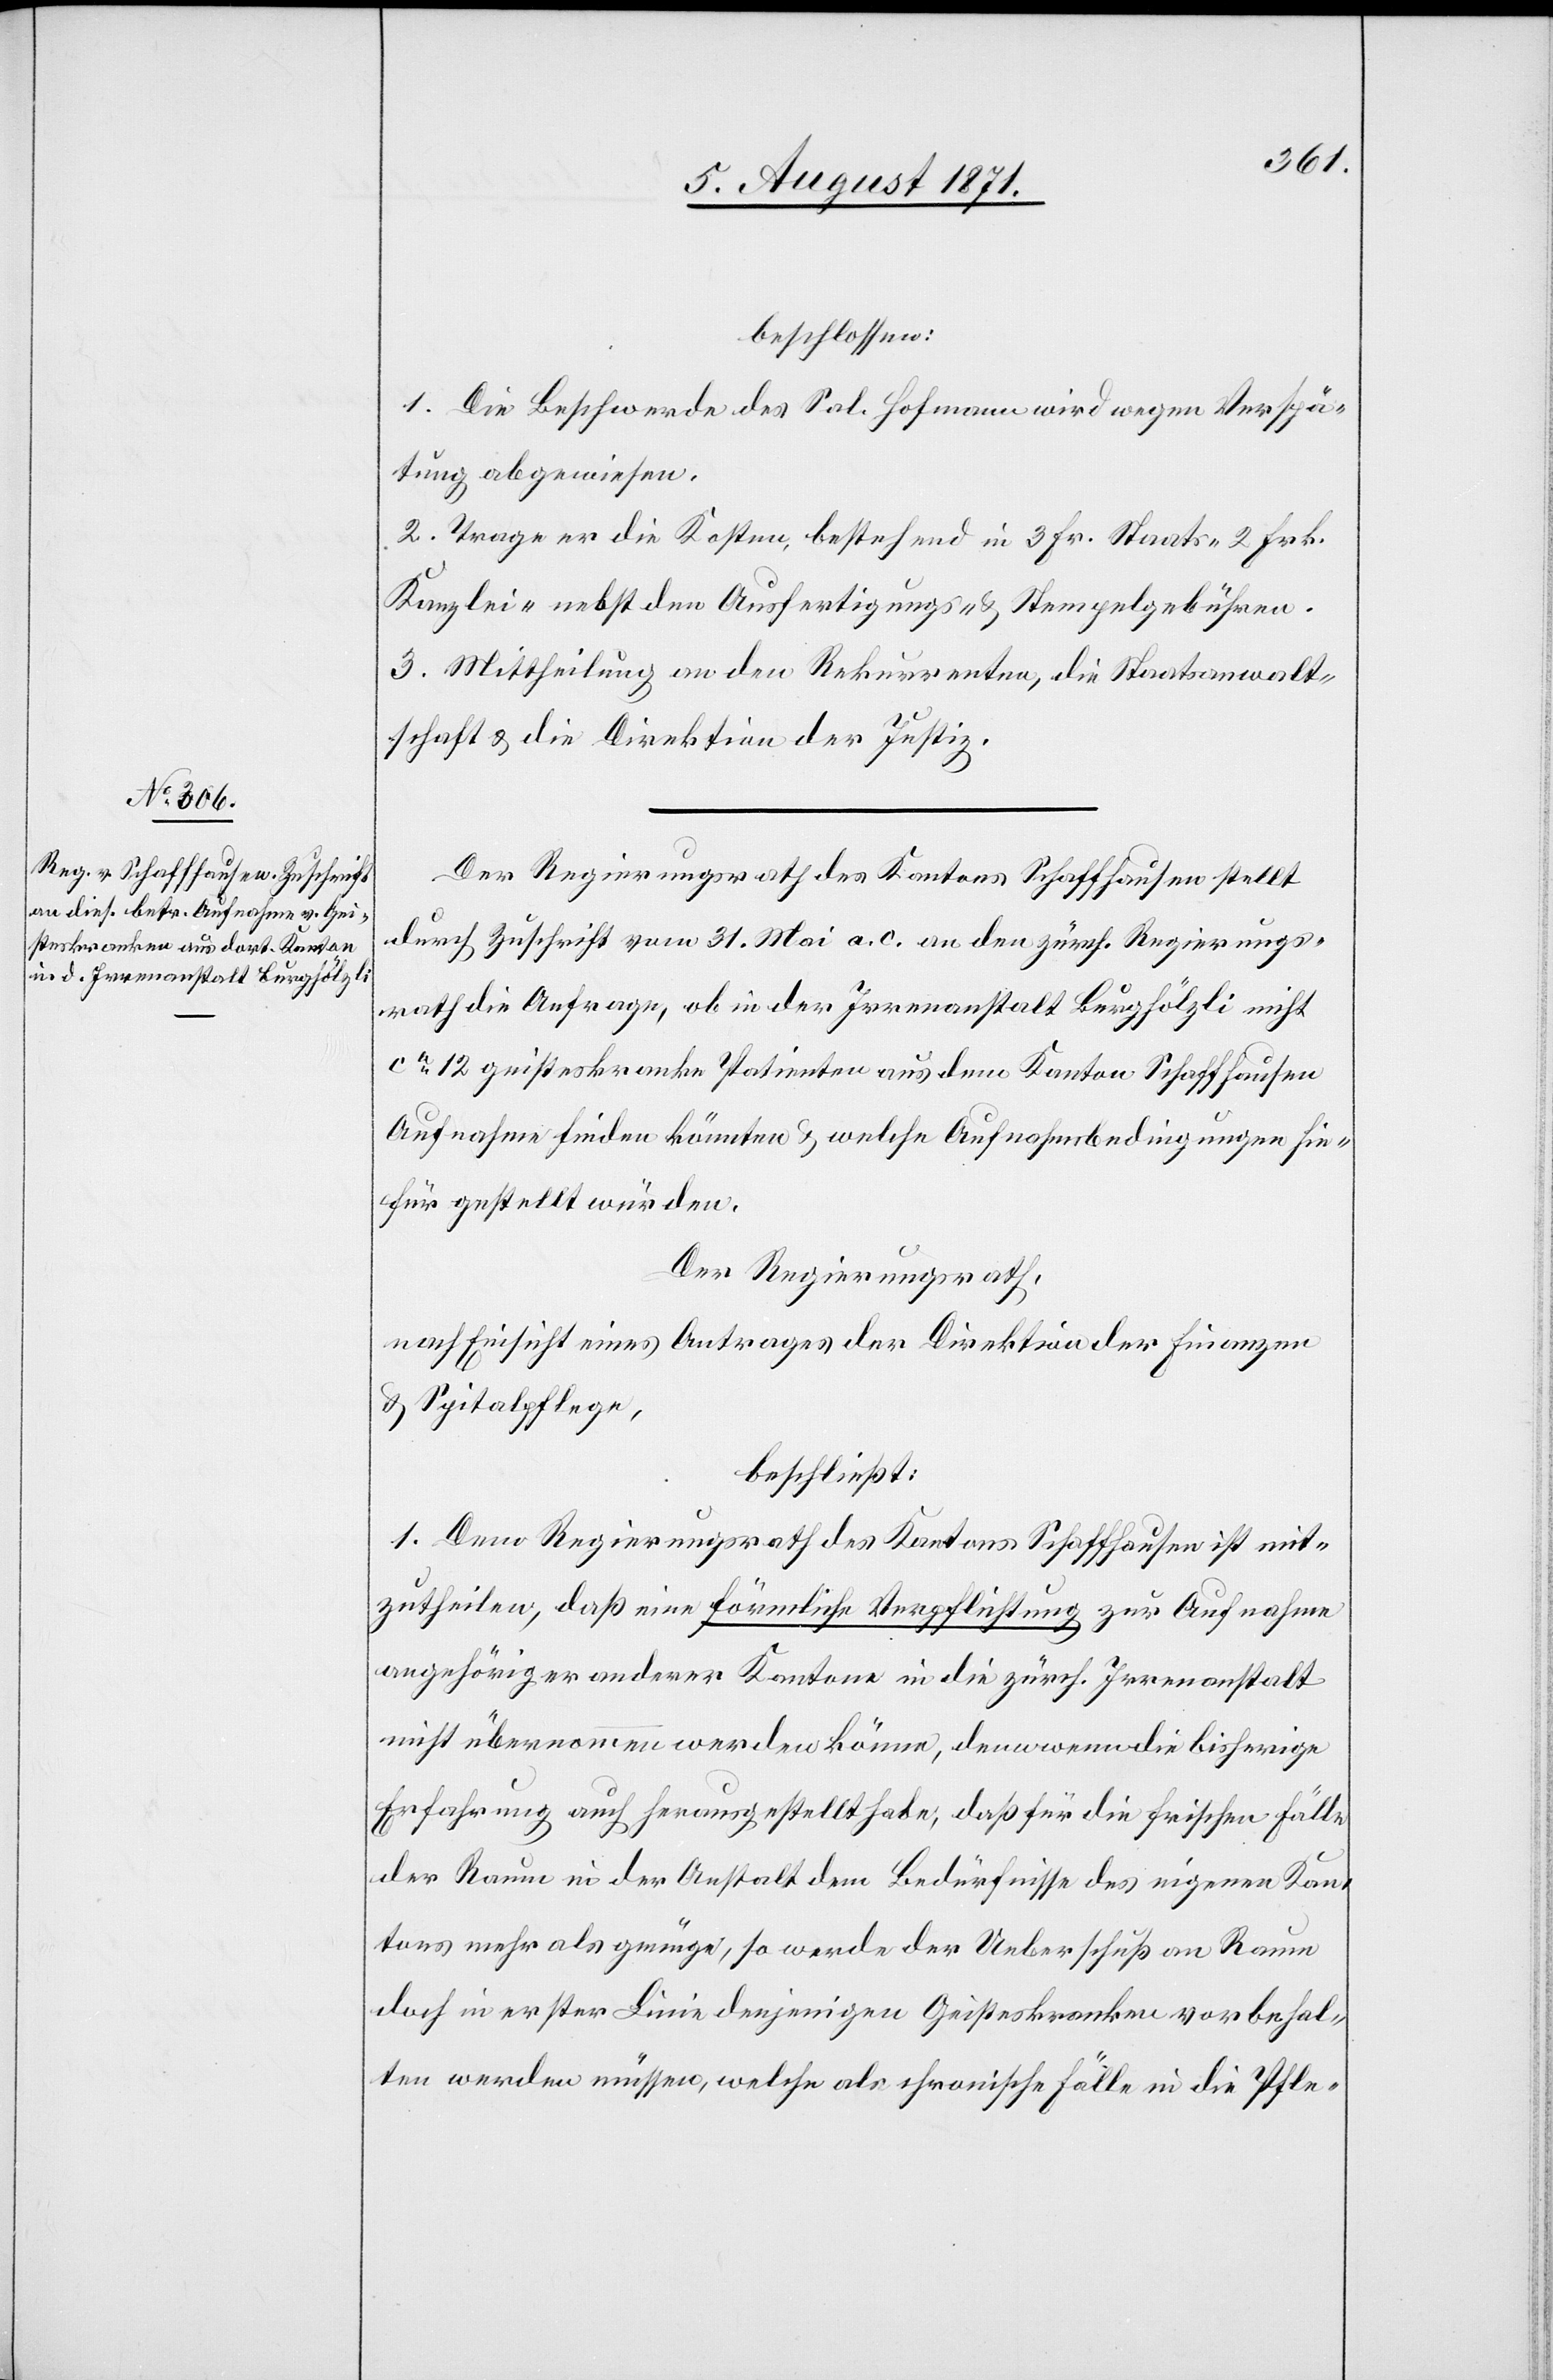
beschlossen:
1. Die Beschwerde des Sal. Hofmann wird wegen Verspä¬
tung abgewiesen.
2. Trage er die Kosten, bestehend in 3 Fr. Staats- 2 Frk.
Kanzlei- nebst den Ausfertigungs- u. Stempelgebühren.
3. Mittheilung an den Rekurrenten, die Staatsanwalt¬
schaft u. die Direktion der Justiz.
Der Regierungsrath des Kantons Schaffhausen stellt
durch Zuschrift vom 31. Mai a. c. an den zürch. Regierungs¬
rath die Anfrage, ob in der Irrenanstalt Burghölzli nicht
ca. 12 geisteskranke Patienten aus dem Kanton Schaffhausen
Aufnahme finden könnten u. welche Aufnahmebedingungen hie¬
für gestellt würden.
Der Regierungsrath,
nach Einsicht eines Antrages der Direktion der Finanzen
u. Spitalpflege,
beschließt:
1. Dem Regierungsrath des Kantons Schaffhausen ist mit¬
zutheilen, daß eine förmliche Verpflichtung zur Aufnahme
angehöriger [sic!] anderer Kantone in die zürch. Irrenanstalt
nicht übernommen werden könne, denn wenn die bisherige
Erfahrung auch herausgestellt habe, daß für die frischen Fälle
der Raum in der Anstalt dem Bedürfnisse des eigenen Kan¬
tons mehr als genüge, so werde der Ueberschuß an Raum
doch in erster Linie denjenigen Geisteskranken vorbehal¬
ten werden müssen, welche als chronische Fälle in die Pfle-